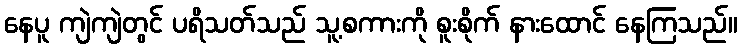
နေပူ ကျဲကျဲတွင် ပရိသတ်သည် သူ့စကားကို စူးစိုက် နားထောင် နေကြသည်။